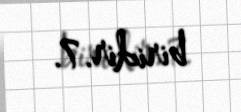
biridir.7.